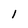
Character: l